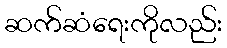
ဆက်ဆံရေးကိုလည်း